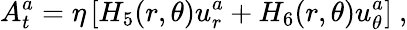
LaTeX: A_{t}^{a}=\eta\left[H_{5}(r,\theta)u_{r}^{a}+H_{6}(r,\theta)u_{\theta}^{a}\right]\ ,